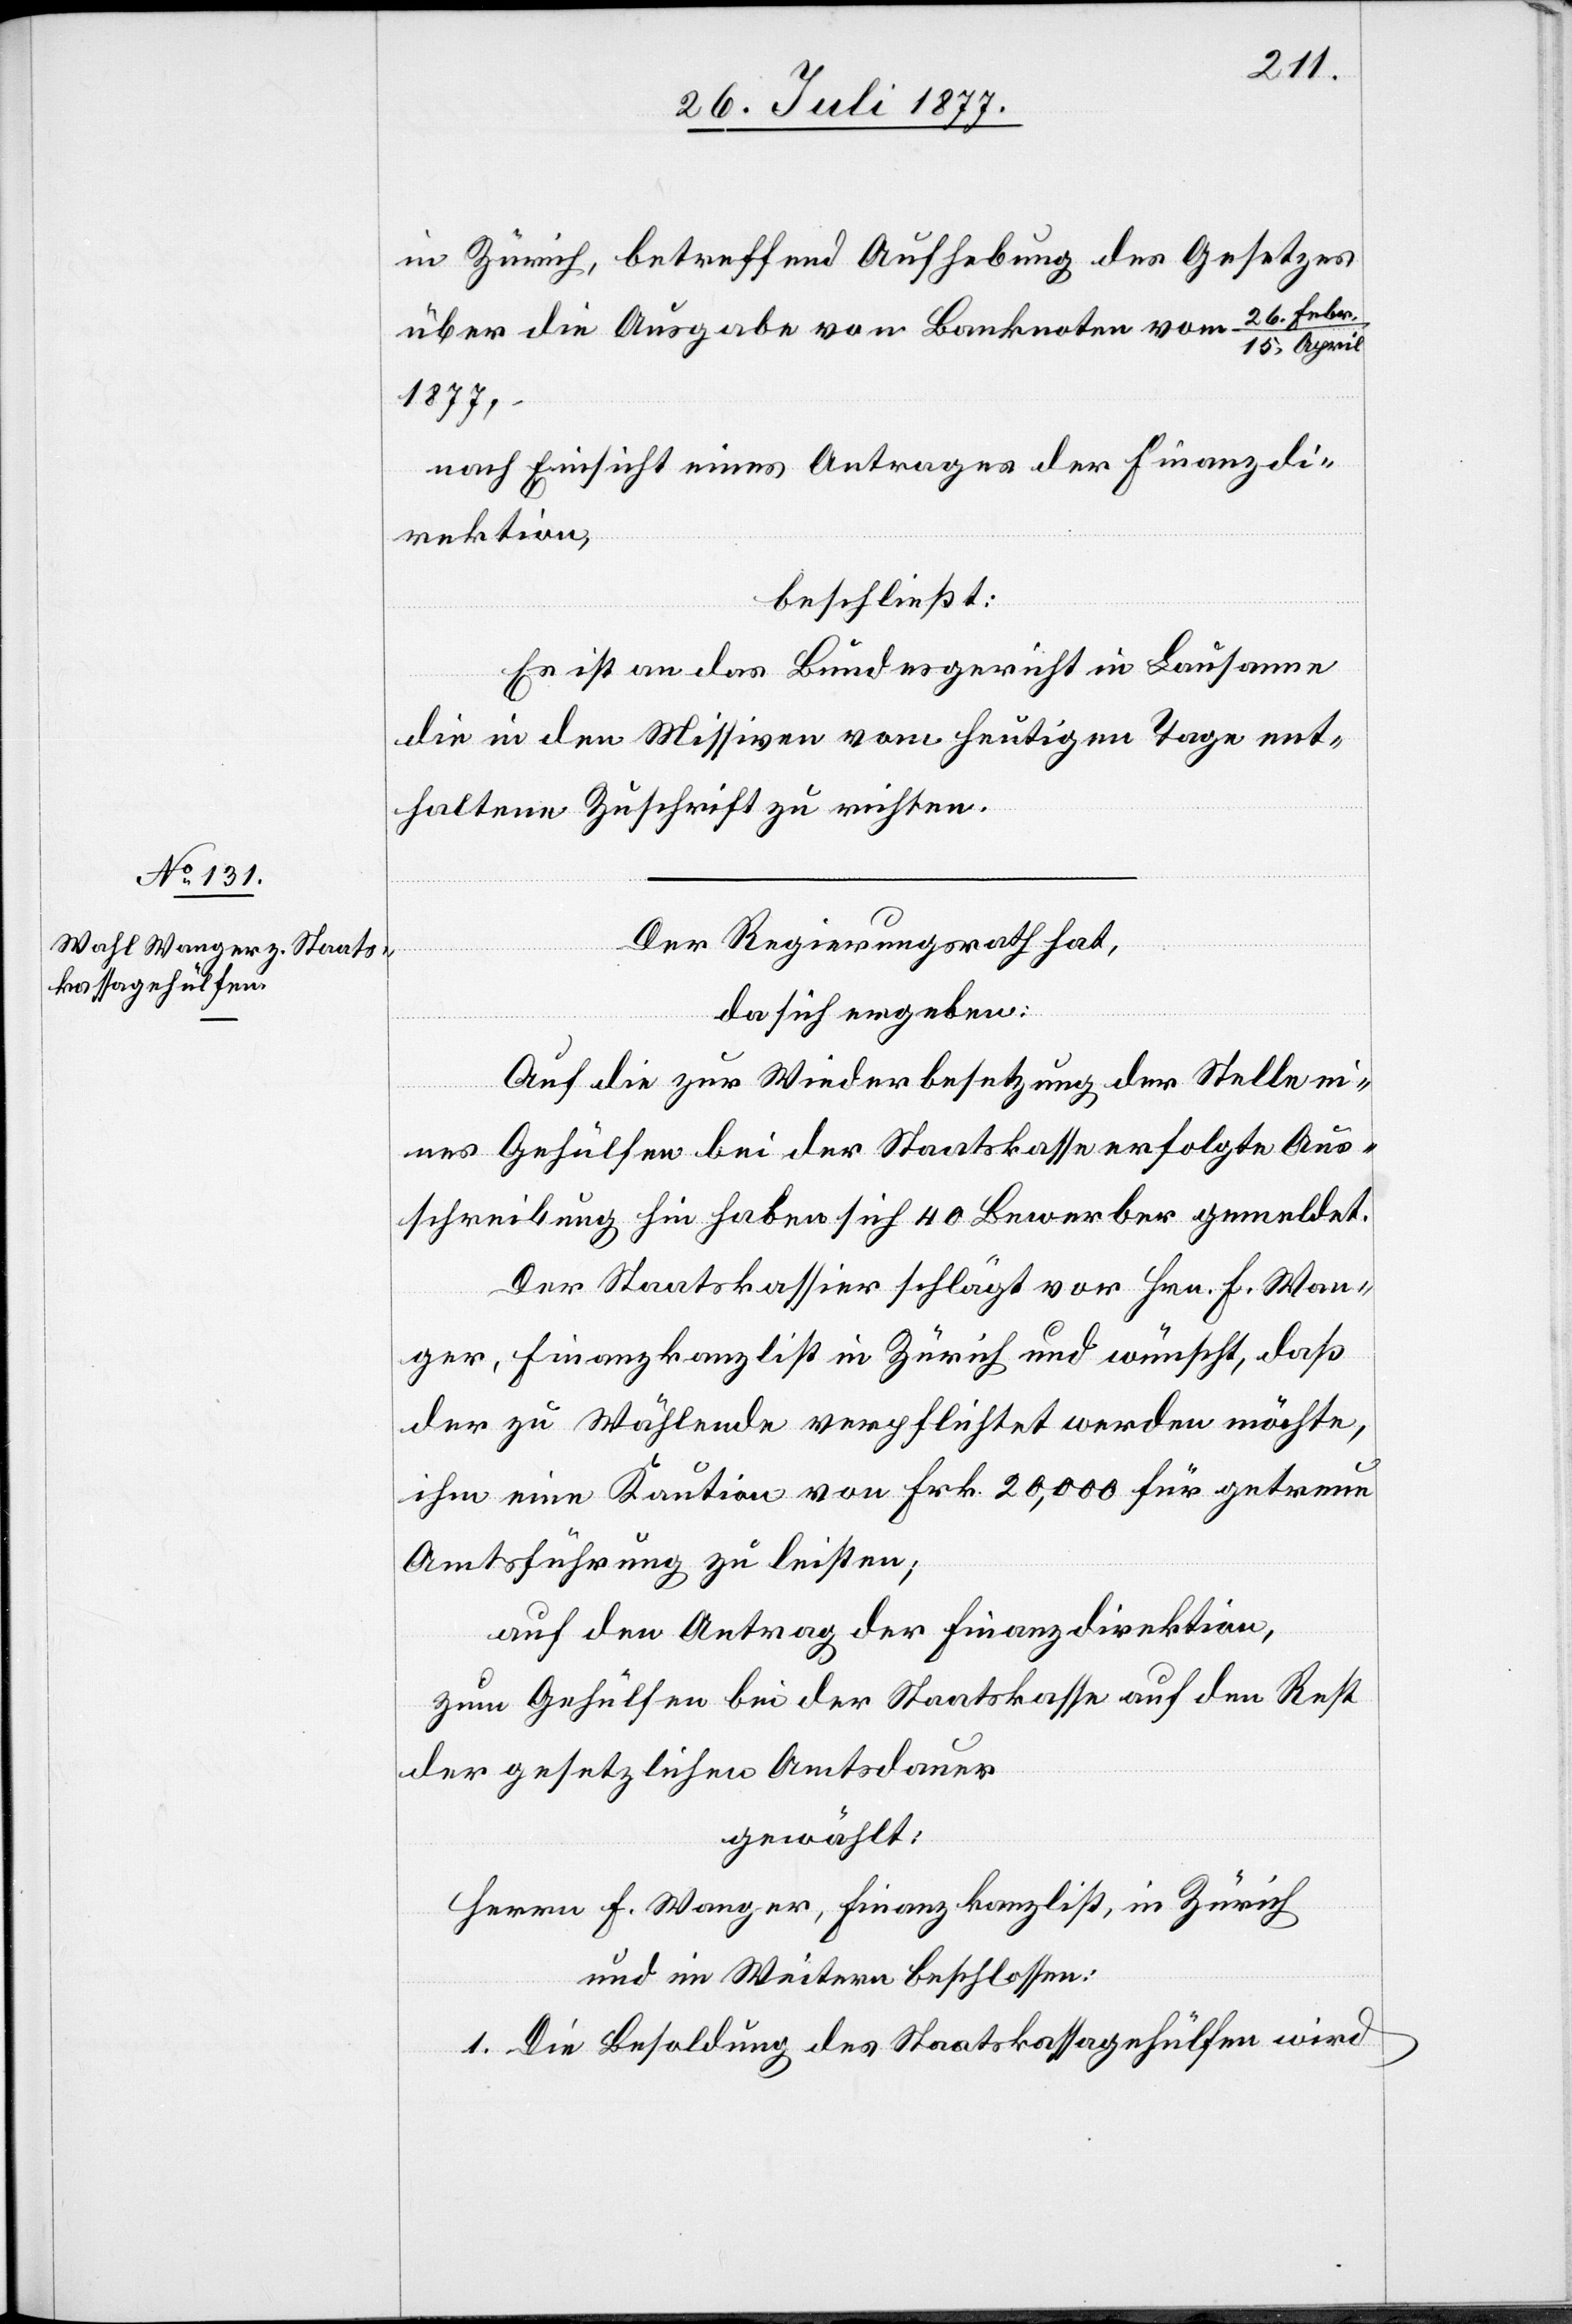
in Zürich, betreffend Aufhebung des Gesetzes
über die Ausgabe von Banknoten vom 26. Febr.
15. April
1877,
nach Einsicht eines Antrages der Finanzdi¬
rektion,
beschließt:
Es ist an das Bundesgericht in Lausanne
die in den Missiven vom heutigen Tage ent¬
haltene Zuschrift zu richten.
Der Regierungsrath hat,
da sich ergeben:
Auf die zur Wiederbesetzung der Stelle ei¬
nes Gehülfen bei der Staatskasse erfolgte Aus¬
schreibung hin haben sich 40 Bewerber gemeldet.
Der Staatskassier schlägt vor Hrn. F. Wan¬
ger, Finanzkanzlist in Zürich und wünscht, daß
der zu Wählende verpflichtet werden möchte,
ihm eine Kaution von Frk. 20,000 für getreue
Amtsführung zu leisten;
auf den Antrag der Finanzdirektion,
zum Gehülfen bei der Staatskasse auf den Rest
der gesetzlichen Amtsdauer
gewählt:
Herrn F. Wanger, Finanzkanzlist, in Zürich
und im Weitern beschlossen:
1. Die Besoldung des Staatskassagehülfen wird